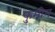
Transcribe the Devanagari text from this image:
फुमीन